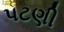
પટણી